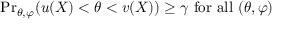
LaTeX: { \operatorname* { P r } } _ { \theta , \varphi } ( u ( X ) < \theta < v ( X ) ) \geq \gamma { \mathrm { ~ f o r ~ a l l ~ } } ( \theta , \varphi )